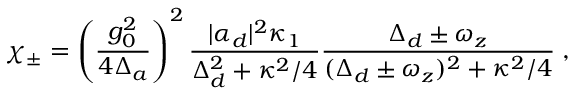
\chi _ { \pm } = \left( \frac { g _ { 0 } ^ { 2 } } { 4 \Delta _ { a } } \right) ^ { 2 } { \frac { | \alpha _ { d } | ^ { 2 } \kappa _ { 1 } } { \Delta _ { d } ^ { 2 } + \kappa ^ { 2 } / 4 } } { \frac { \Delta _ { d } \pm \omega _ { z } } { ( \Delta _ { d } \pm \omega _ { z } ) ^ { 2 } + \kappa ^ { 2 } / 4 } } \; ,